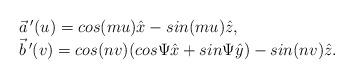
LaTeX: \begin{align*}\begin{array}{l}\vec{a}\,'(u) = cos(mu)\hat{x} - sin(mu)\hat{z}, \\\vec{b}\,'(v) = cos(nv)(cos\Psi \hat{x}+sin\Psi \hat{y})-sin(nv)\hat{z}.\end{array}\end{align*}